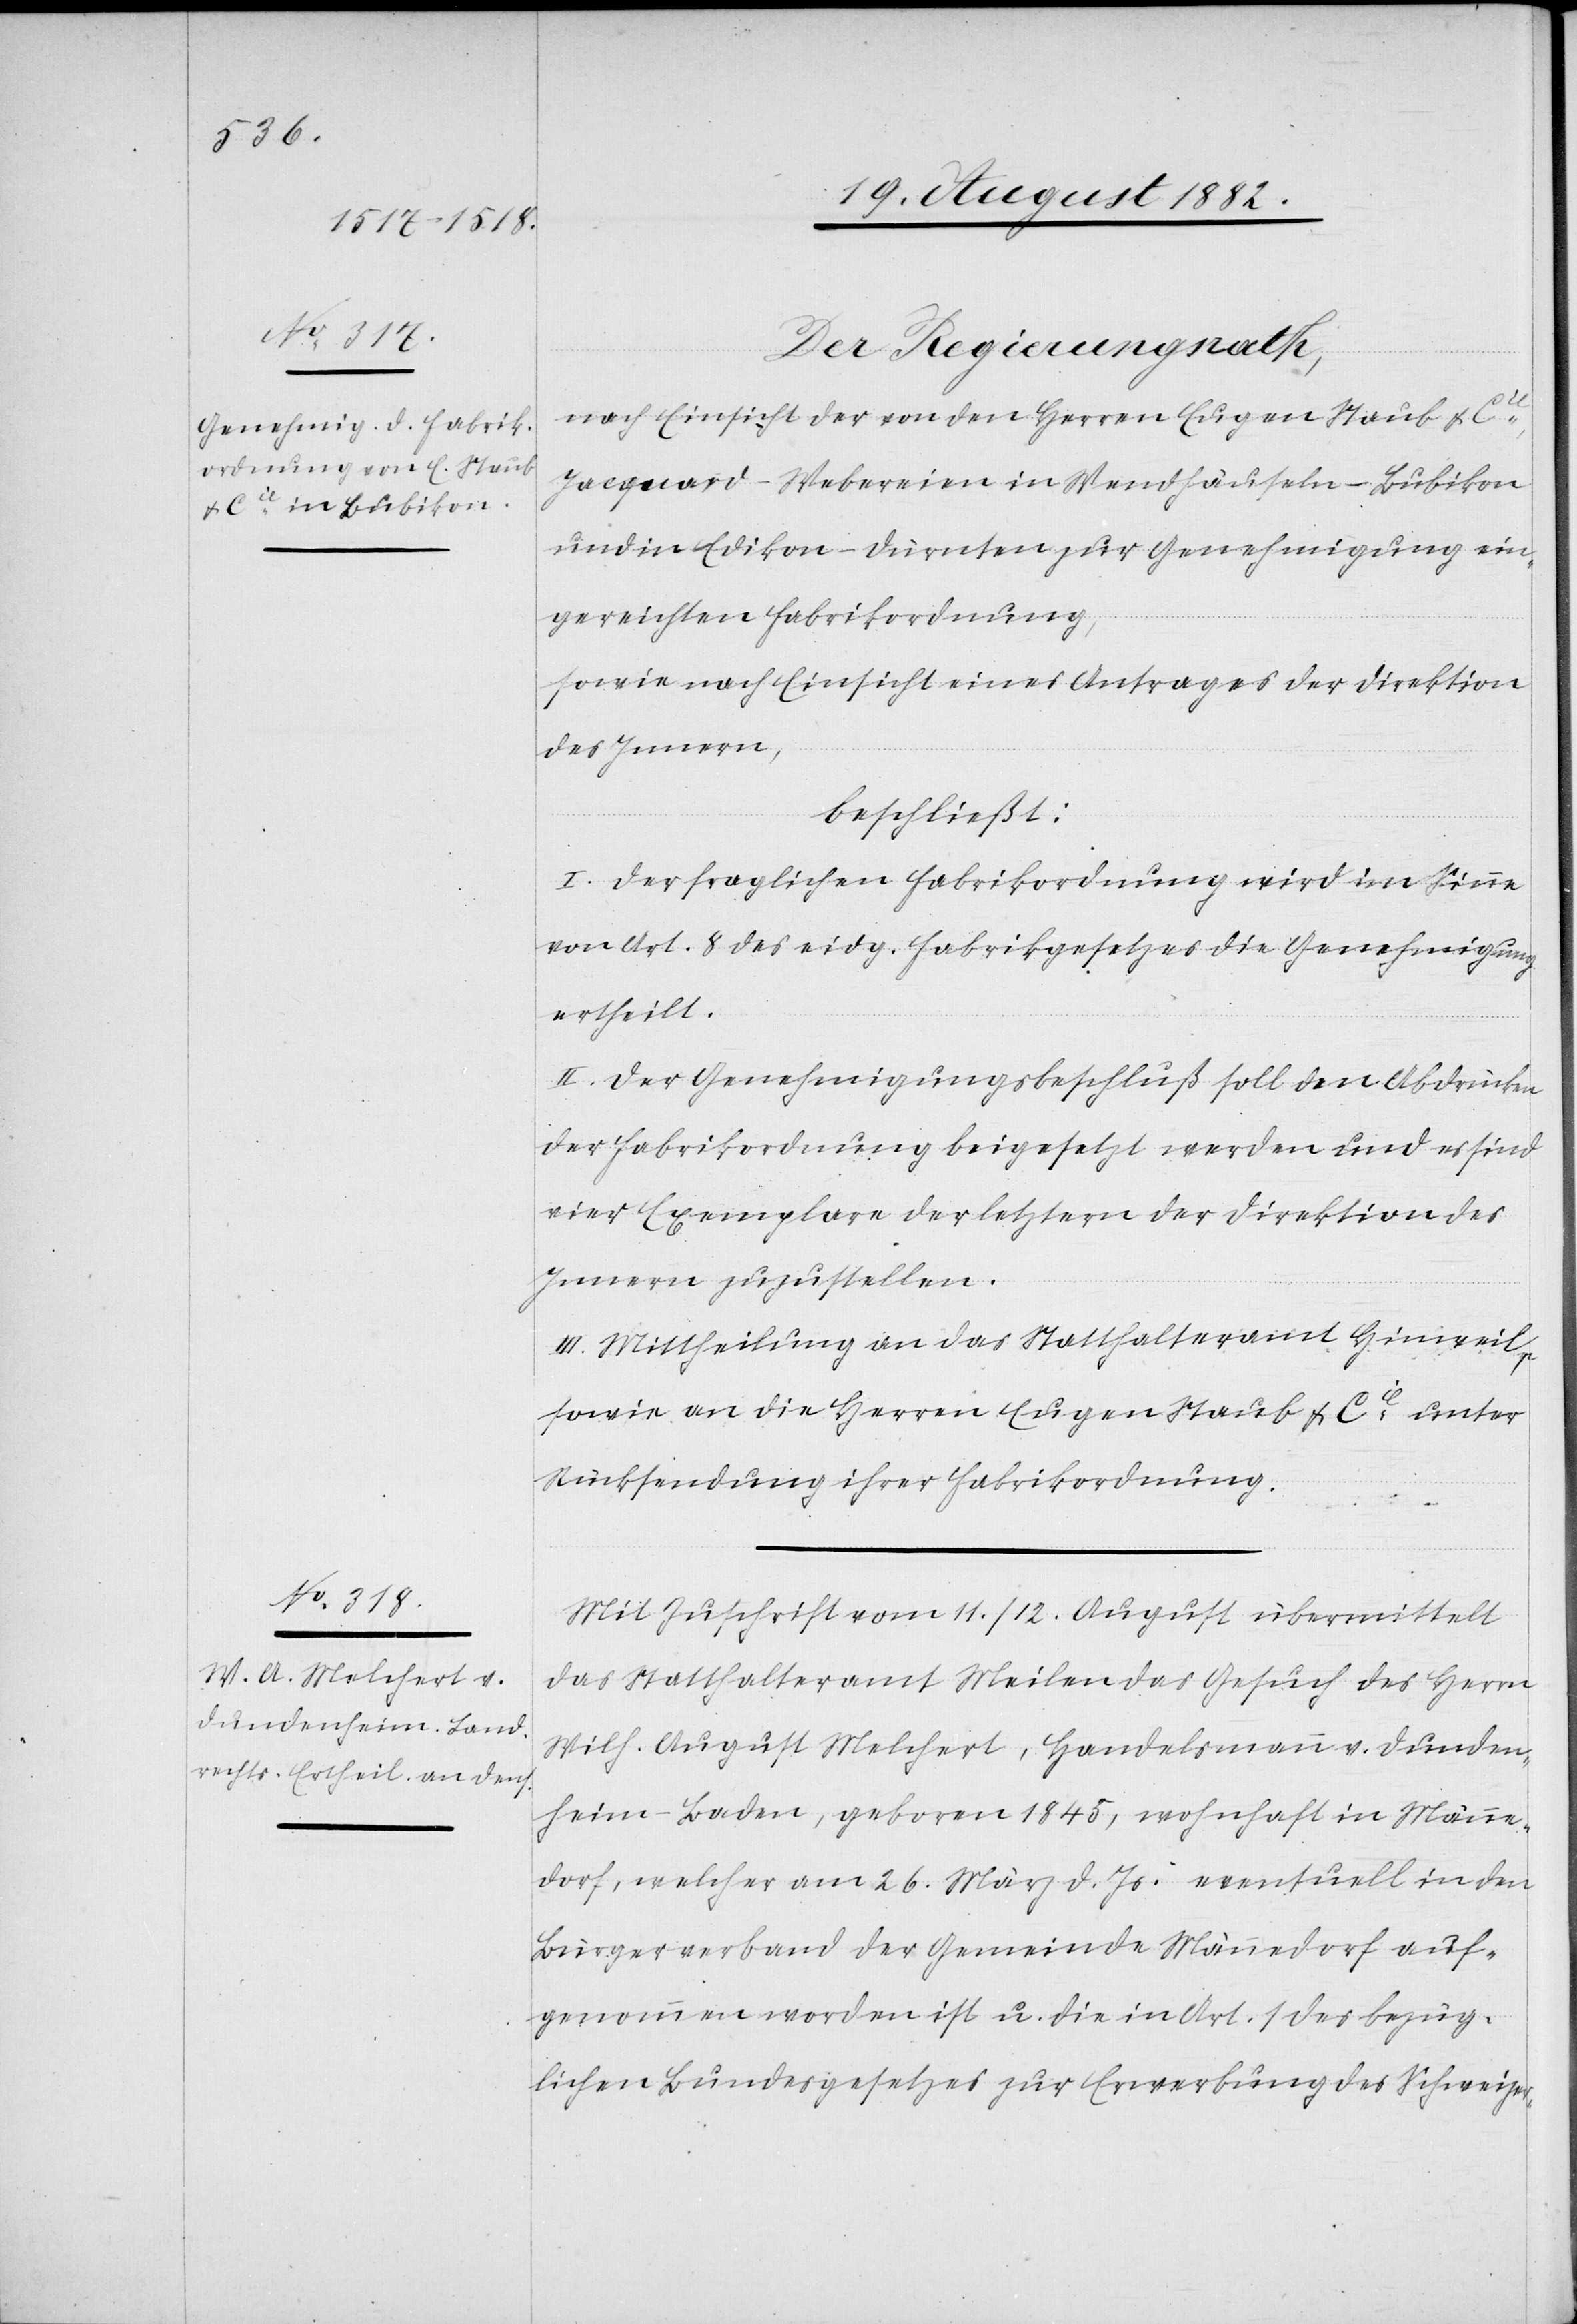
Der Regierungsrath,
nach Einsicht der von den Herren Eugen Staub & Cie
Jacquard-Webereien in Wendhauseln - Bubikon
und in Edikon - Dürnten zur Genehmigung ein¬
gereichten Fabrikordnung,
sowie nach Einsicht eines Antrages der Direktion
des Innern,
beschließt:
I. Der fraglichen Fabrikordnung wird im Sinne
von Art. 8 des eidg. Fabrikgesetzes die Genehmigung
ertheilt.
II. Der Genehmigungsbeschluß soll den Abdrücken
der Fabrikordnung beigesetzt werden und es sind
vier Exemplare der letztern der Direktion des
Innern zuzustellen.
III. Mittheilung an das Statthalteramt Hinweil,
sowie an die Herren Eugen Staub & Cie unter
Rücksendung ihrer Fabrikordnung.
Mit Zuschrift vom 11./12. August übermittelt
das Statthalteramt Meilen das Gesuch des Herrn
Wilh. August Melchert, Handelsmann v. Dunden¬
heim - Baden, geboren 1845, wohnhaft in Männe¬
dorf, welcher am 26. März d. Js. eventuell in den
Bürgerverband der Gemeinde Männedorf auf¬
genommen worden ist u. die in Art. 1 des bezüg¬
lichen Bundesgesetzes zur Erwerbung des Schweizer-